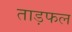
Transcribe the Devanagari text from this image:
ताड़फल